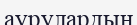
аурулардың